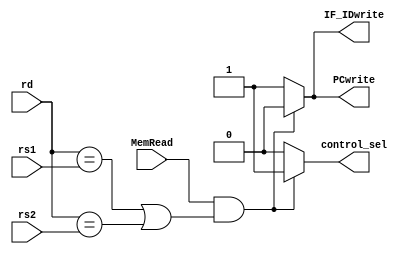
`timescale 1ns / 1ps


module hazard_detection(input [4:0] rd,        //adresa registrului destinatie in etapa EX
                        input [4:0] rs1,       //adresa registrului sursa 1 decodificat in etapa ID
                        input [4:0] rs2,       //adresa registrului sursa 2 decodicat in etapa ID
                        input MemRead,         //semnalul de control MemRead din etapa EX
                        output reg PCwrite,    //semnalul PCwrite ce controleaza scrierea in registrul PC
                        output reg IF_IDwrite, //semnal ce controleaza scrierea in registrul de pipeline IF_ID
                        output reg control_sel //semnal transmis spre unitatea de control
                        );
                        
 always@(*) begin 
    if (MemRead && ((rd == rs1)||(rd == rs2)))  begin 
          PCwrite = 0;
          IF_IDwrite = 0;
          control_sel = 1;
    end
    else begin 
          PCwrite = 1;
          IF_IDwrite = 1;
          control_sel = 0;
    end  
end      
endmodule